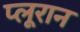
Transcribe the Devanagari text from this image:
प्लूरान